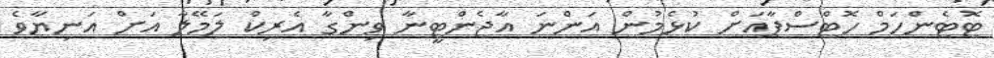
ޓޮޓެންހަމް ހޮޓްސްޕާއަށް ކުޅެމުން އަންނަ އާޖެންޓީނާ ވިންގާ އެރިކް ލަމޭލާ އަށް އަނިޔާވެ